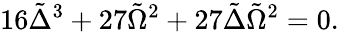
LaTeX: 16\tilde{\Delta}^{3}+27\tilde{\Omega}^{2}+27\tilde{\Delta}\tilde{\Omega}^{2}=0.